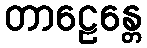
တာဠေန္တေ